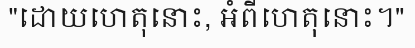
"ដោយហេតុនោះ, អំពីហេតុនោះ។"